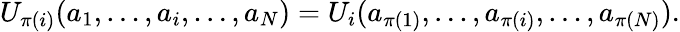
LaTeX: U_{\pi(i)}(a_{1},\ldots,a_{i},\ldots,a_{N})=U_{i}(a_{\pi(1)},\ldots,a_{\pi(i)},\ldots,a_{\pi(N)}).